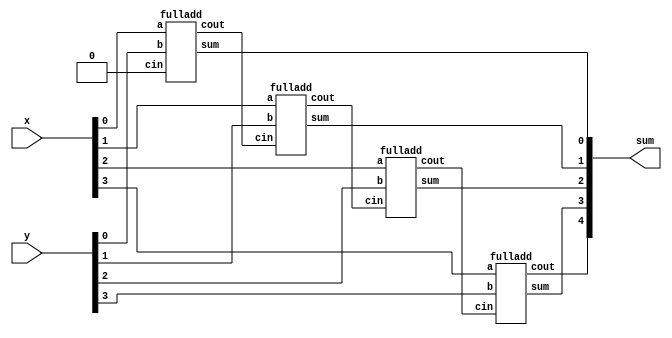
module top_module (
    input [3:0] x,
    input [3:0] y, 
    output [4:0] sum);


    wire [4:0] tem;

    fulladd ins1(.a(x[0]), 
                 .b(y[0]), 
                 .cin(1'b0), 
                 .cout(tem[0]), 
                 .sum(sum[0]) );


    fulladd ins2(.a(x[1]), 
                 .b(y[1]), 
                 .cin(tem[0]), 
                 .cout(tem[1]), 
                 .sum(sum[1]) );



    fulladd ins3(.a(x[2]), 
                 .b(y[2]), 
                 .cin(tem[1]), 
                 .cout(tem[2]), 
                 .sum(sum[2]) );


    fulladd ins4(.a(x[3]), 
                 .b(y[3]), 
                 .cin(tem[2]), 
                 .cout(sum[4]), 
                 .sum(sum[3]) );

endmodule


module fulladd( 
    input a, b, cin,
    output cout, sum );
    assign sum = (a ^ b) ^ cin ;
    assign cout = (a & b) | ((a ^ b) & cin) ; 

endmodule